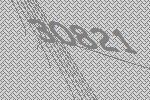
30821